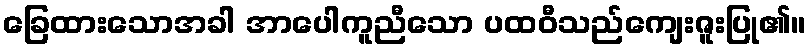
ခြေထားသောအခါ အာပေါကူညီသော ပထဝီသည်ကျေးဇူးပြု၏။